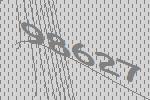
98627